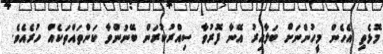
މޮޅެތި އެހެން މީހުންނަށް ބަލާއިރު އޭނާ ފޮރުވާ ސިއްރުކުރަން ބޭނުންވާ ކަންތައްތަކެއް ހުރެއެވެ.